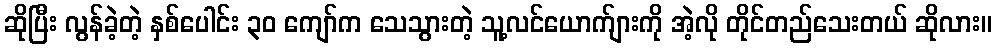
ဆိုပြီး လွန်ခဲ့တဲ့ နှစ်ပေါင်း ၃၀ ကျော်က သေသွားတဲ့ သူ့လင်ယောက်ျားကို အဲ့လို တိုင်တည်သေးတယ် ဆိုလား။